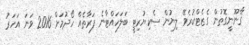
ޤާނޫނީގޮތުން ގެޒެޓްކުރެވޭ ލިޔުން ސެކިޔުރިޓީ ބަލަހައްޓާނެ ފަރާތެއް ހޯދުމަށް 2016 ވަނަ އަހަރު